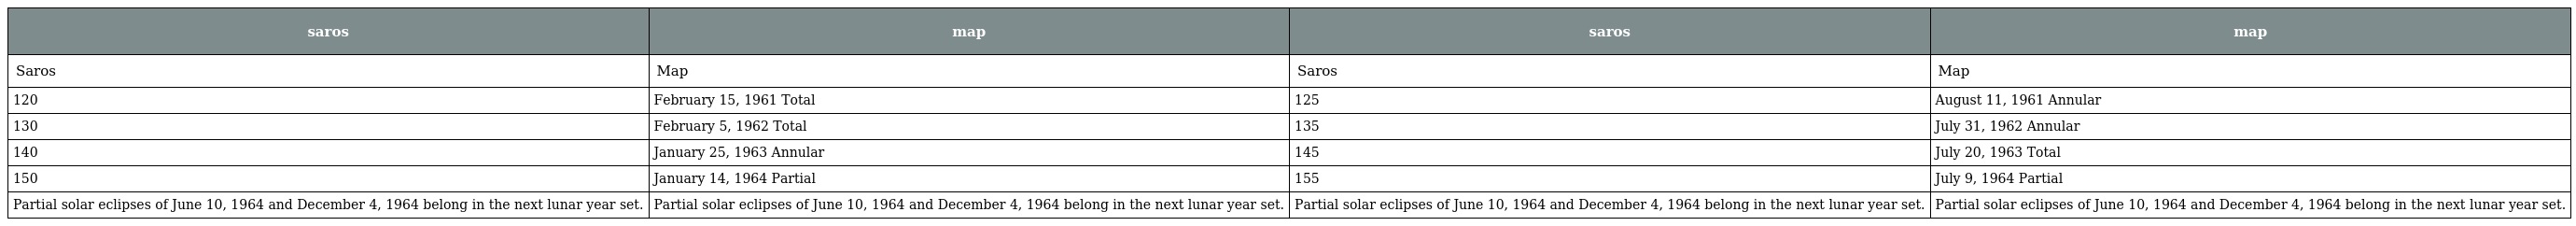
| saros | map | saros | map |
 | --- | --- | --- | --- |
 | Saros | Map | Saros | Map |
 | 120 | February 15, 1961 Total | 125 | August 11, 1961 Annular |
 | 130 | February 5, 1962 Total | 135 | July 31, 1962 Annular |
 | 140 | January 25, 1963 Annular | 145 | July 20, 1963 Total |
 | 150 | January 14, 1964 Partial | 155 | July 9, 1964 Partial |
 | Partial solar eclipses of June 10, 1964 and December 4, 1964 belong in the next lunar year set. | Partial solar eclipses of June 10, 1964 and December 4, 1964 belong in the next lunar year set. | Partial solar eclipses of June 10, 1964 and December 4, 1964 belong in the next lunar year set. | Partial solar eclipses of June 10, 1964 and December 4, 1964 belong in the next lunar year set. |